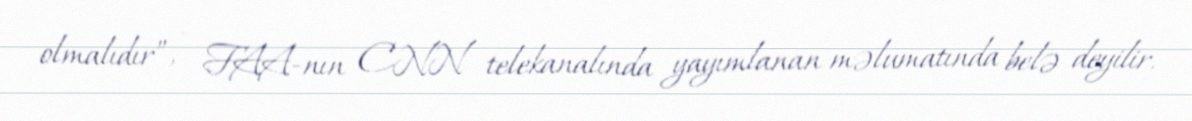
olmalıdır”, - FAA-nın CNN telekanalında yayımlanan məlumatında belə deyilir.